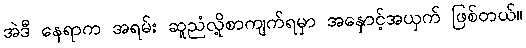
အဲဒီ နေရာက အရမ်း ဆူညံလို့စာကျက်ရမှာ အနှောင့်အယှက် ဖြစ်တယ်။